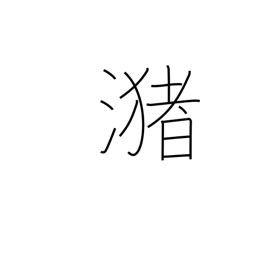
Meaning: a pool